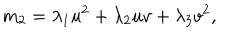
LaTeX: m _ { 2 } = \lambda _ { 1 } u ^ { 2 } + \lambda _ { 2 } u v + \lambda _ { 3 } v ^ { 2 } ,